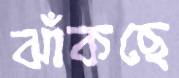
ঝাঁকছে